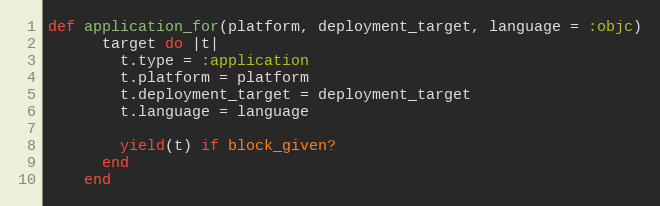
Language: Ruby
def application_for(platform, deployment_target, language = :objc)
      target do |t|
        t.type = :application
        t.platform = platform
        t.deployment_target = deployment_target
        t.language = language

        yield(t) if block_given?
      end
    end